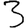
Digit: 3